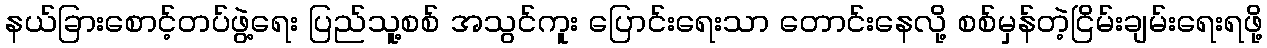
နယ်ခြားစောင့်တပ်ဖွဲ့ရေး ပြည်သူ့စစ် အသွင်ကူး ပြောင်းရေးသာ တောင်းနေလို့ စစ်မှန်တဲ့ငြိမ်းချမ်းရေးရဖို့